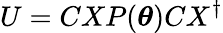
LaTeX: U=CXP(\boldsymbol{\theta})CX^{\dagger}